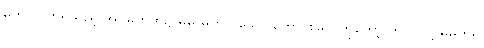
မက် လိုက်ရသည့် အိပ်မက်ထဲ၌ မိမိ မက်လိုသော ကောင်းမြတ်ကိုတော့ ဘာပြုလို့ မမက်ရ